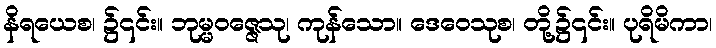
နိရယေစ၊ ၌၎င်း။ ဘုမ္မဝဇ္ဇေသု၊ ကုန်သော။ ဒေဝေသုစ၊ တို့၌၎င်း။ ပုရိမိကာ၊